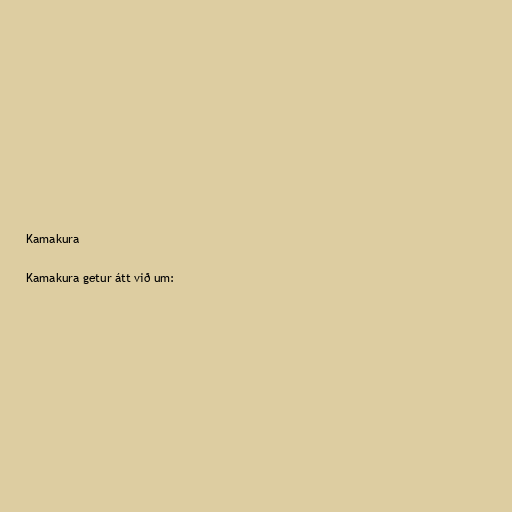
Kamakura

Kamakura getur átt við um: